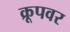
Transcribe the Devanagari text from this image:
क्रूपवर